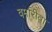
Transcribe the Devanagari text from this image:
वर्मारीवा